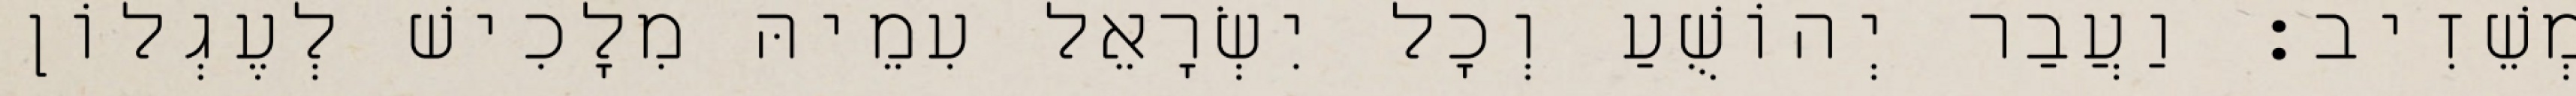
מְשֵׁזִיב׃ וַעֲבַר יְהוֹשֻׁעַ וְכָל יִשְׂרָאֵל עִמֵיהּ מִלָכִישׁ לְעֶגְלוֹן